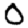
Digit: 0